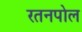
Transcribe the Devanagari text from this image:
रतनपोल